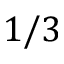
1 / 3